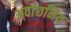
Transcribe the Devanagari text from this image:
अवांछनिय